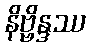
နိဗ္ဗိန္ဒဿ